Indian journal of veterinary science and animal husbandry - Volume 7,
Year: 1937
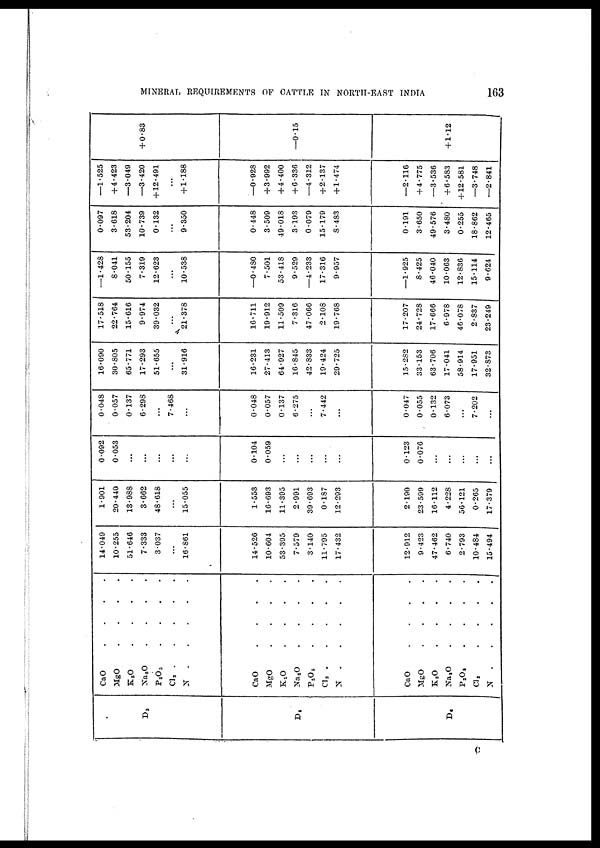
MINERAL REQUIREMENTS OF CATTLE IN NORTH-EAST INDIA
163
D3
D4
D6
CaO
.
.
.
.
MgO
.
.
.
.
K 2 O
.
.
.
.
Na 2 O
.
.
.
.
P 2 O 5 . . . .
CI 2
.
.
.
.
N
.
.
.
.
CaO
.
.
.
.
MgO
.
.
.
.
K 2 O
.
.
.
.
Na 2 O
.
.
.
.
P 2 O 5
.
.
.
.
Cl 2
.
.
.
.
N
.
.
.
.
CaO
.
.
.
.
MgO
.
.
.
.
K 2 O
.
.
.
.
Na 2 O
.
.
.
.
P 2 O 5
.
.
.
.
Cl 2 . . . .
N
.
.
.
.
14.049
10.255
51.646
7.333
3.037
...
16.861
14.526
10.604
53.395
7.579
3.140
11.795
17.432
12.912
9.423
47.462
6.740
2.793
10.484
15.494
1.901
20.440
13.988
3.662
48.618
...
15.055
1.553
16.693
11.395
2.991
39.693
0.187
12.293
2.190
23.599
16.112
4.228
56.121
0.265
17.379
0.092
0.053
...
...
...
....
...
0.104
0.059
...
...
...
...
...
0.123
0.076
...
...
...
...
...
0.048
0.057
0.137
6.298
...
7.468
...
0.048
0.057
0.137
6.275
...
7.442
...
0.047
0.055
0.132
6.073
...
7.202
...
16.090
30.805
65.771
17.293
51.655
...
31.916
16.231
27.413
64.927
16.845
42.833
19.424
29.725
15.282
33.153
63.706
17.041
58.914
17.951
32.873
17.518
22.764
15.616
9.974
39.032
...
21.378
16.711
19.912
11.509
7.316
47.066
2.108
19.768
17.207
24.728
17.666
6.978
46.078
2.837
23.249
—1.428
8.041
50.155
7.319
12.623
...
10.538
—0.480
7.501
53.418
9.529
—4.233
17.316
9.957
—1.925
8.425
46.040
10.063
12.836
15.114
9.624
0.097
3.618
53.204
10.739
0.132
...
9.350
0.448
3.509
49.018
3.193
0.079
15.179
8.483
0.191
3.650
49.576
3.480
0.255
18.862
12.465
—1.525
+4.423
—3.049
—3.420
+ 12.491
...
+ 1.188
—0.928
+ 3.992
+ 4.400
+ 6.336
—4.312
+ 2.137
+ 1.474
—2.116
+ 4.775
—3.536
+ 6.583
+ 12.581
—3.748
—2.841
+ 0.83
—0.15
+ 1.12
C